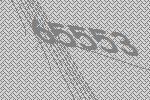
65553